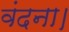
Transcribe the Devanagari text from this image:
वंदना।